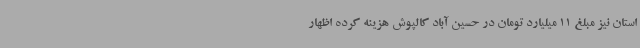
استان نیز مبلغ 11 میلیارد تومان در حسین آباد کالپوش هزینه کرده اظهار